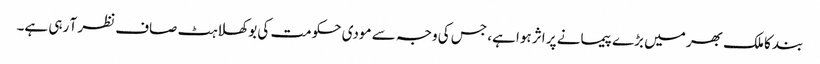
بند کا ملک بھر میں بڑے پیمانے پر اثر ہوا ہے، جس کی وجہ سے مودی حکومت کی بوکھلاہٹ صاف نظر آ رہی ہے۔